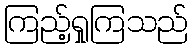
ကြည့်ရှုကြသည်